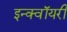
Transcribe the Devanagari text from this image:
इन्क्वॉयरी